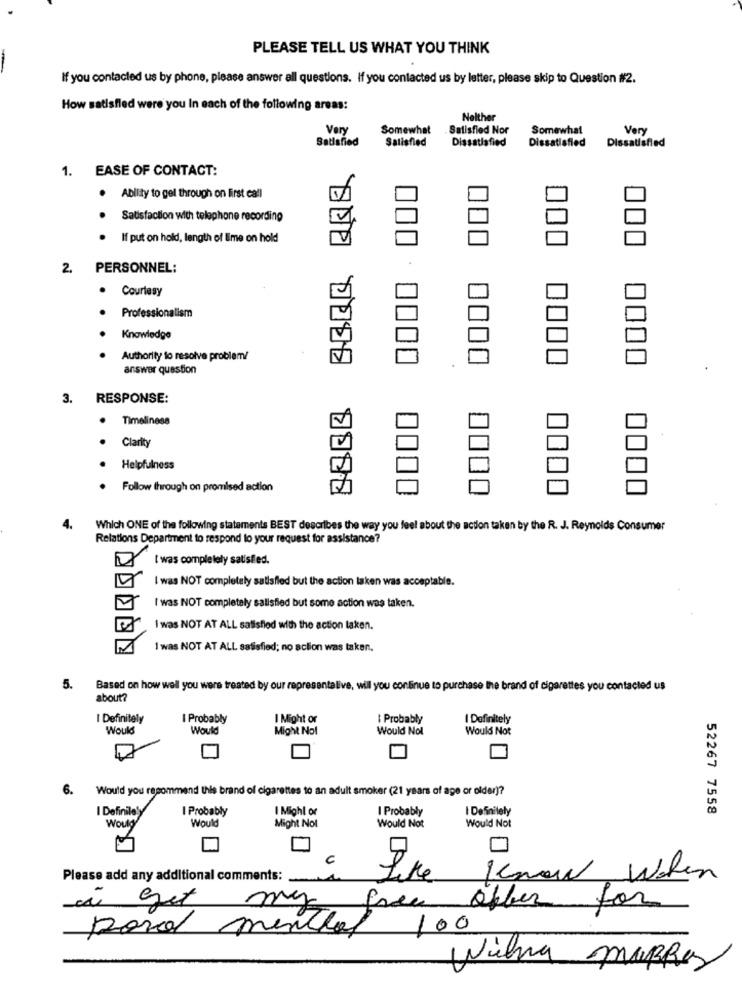
PLEASE TELL US WHAT YOU THINK
If you contacted us by phone, please answer all questions. If you contacted us by letter, please skip to Question #2.
How satisfied were you In each of the following areas:
Nelther
Very
Somewhat
Satisfied Nor
Somewhat
Very
Satisfied
Satisfied
Dissatisfied
Dissatisfied
Dissatisfied
1. EASE OF CONTACT:
. Ability to gel through on first call
Satisfaction with telephone recording
. If put on hold, length of Eme on hold
000
.
2.
PERSONNEL:
.
Courtesy
.
Professionalism
.
Knowledge
.
Authority to resolve problem/
0000
0000
answer question
3.
RESPONSE:
.
Timeliness
.
Clarity
00
.
Helpfulness
Follow through on promised action
4.
Which ONE of the following statements BEST describes the way you feel about the action taken by the R. J. Reynolds Consumer
Relations Department to respond to your request for assistance?
I was completely satisfied.
I was NOT completely satisfied but the action taken was acceptable.
I was NOT completely salisfied but some action was taken.
I was NOT AT ALL satisfied with the action taken.
I was NOT AT ALL satisfied; no action was taken.
5.
Based on how well you were treated by our representalive, will you continue to purchase the brand of cigarettes you contacted us
about?
I Definitely
I Probably
I Might or
I Probably
I Definitely
Would
Would
Might Nol
Would Nol
Would Not
6.
Would you recommend this brand of cigarettes to an adult smoker (21 years of age or older)?
I Definitely
I Probably
I Mighl or
I Probably
I Definitely
52267 7558
Would
Would Not
Would
Might Not
Would Not
c
Please add any additional comments: .
Know When
a get
my
offer for
poro menos
100
Wilna mapRes